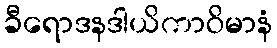
ခီရောဒနဒါယိကာဝိမာနံ